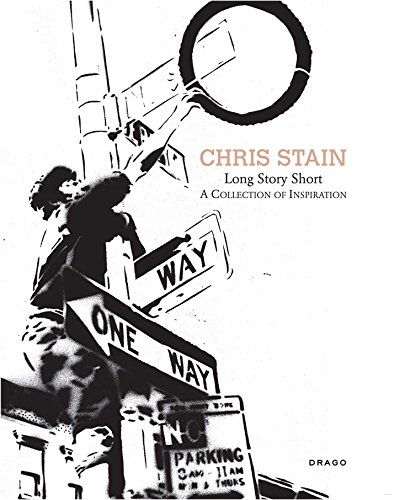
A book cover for Long Story Short: A Collection of Inspiration; Chris Stain; Arts & Photography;